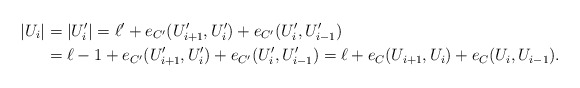
\begin{align*}|U_i|&=|U_i'|=\ell' +e_{C'}(U_{i+1}', U_i')+e_{C'}(U_i', U_{i-1}')\\&=\ell-1+e_{C'}(U_{i+1}', U_i')+e_{C'}(U_i', U_{i-1}')=\ell+e_C(U_{i+1}, U_i)+e_C(U_i, U_{i-1}).\end{align*}